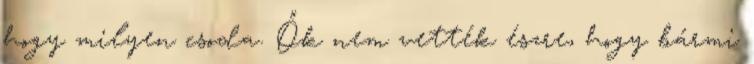
hogy milyen csoda. Ők nem vették észre, hogy bármi